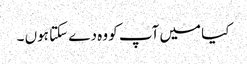
کیا میں آپ کو وہ دے سکتا ہوں ۔